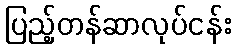
ပြည့်တန်ဆာလုပ်ငန်း